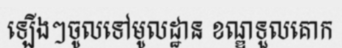
ឡើងៗចូលទៅមូលដ្ឋាន ខណ្ឌទួលគោក